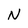
Character: N